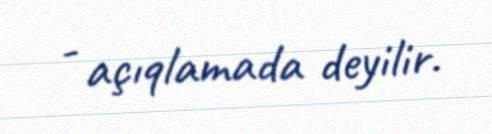
- açıqlamada deyilir.